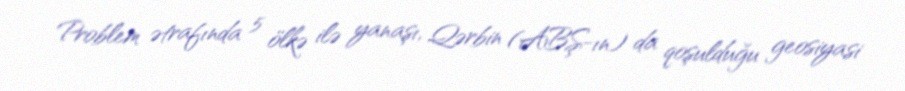
Problem ətrafında 5 ölkə ilə yanaşı, Qərbin (ABŞ-ın) da qoşulduğu geosiyasi